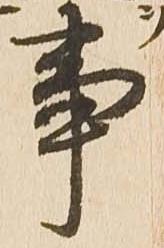
事